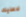
لاعليك